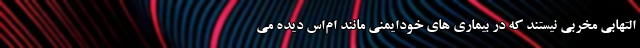
التهابی مخربی نیستند که در بیماری های خودایمنی مانند ام‌اس دیده می